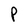
Character: P